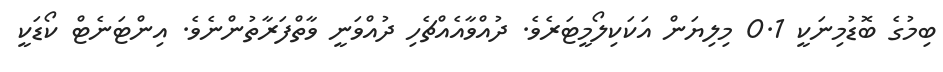
ބިމުގެ ބޮޑުމިނަކީ 0.1 މިލިޔަން އަކަކިލޯމީޓަރެވެ. ދުއްވާއެއްޗެހި ދުއްވަނީ ވާތްފަރާތުންނެވެ. އިންޓަނެޓް ކޯޑަކީ